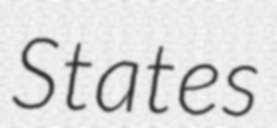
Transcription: States